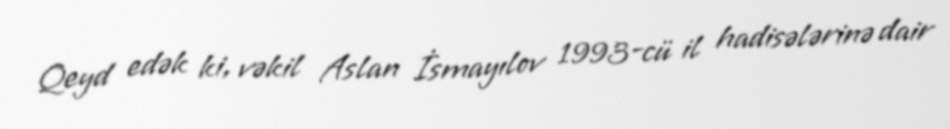
Qeyd edək ki, vəkil Aslan İsmayılov 1993-cü il hadisələrinə dair